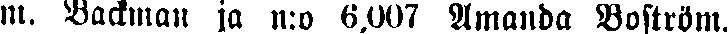
m. Backman ja n:o 6,007 Amanda Boström.